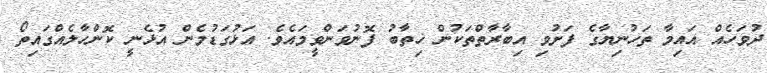
ދުވަހެއް އައިމާ ތަހުނިޔާގެ ފަށުވި އިބާރާތްތަކުން ޚިތާބު ފޮނުވަންވީމައެވެ. އަޅުގަޑުމެން އުޅެނީ ކޮންހާލެއްގައިތޯ